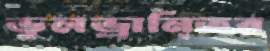
ভুলভ্রানি্তর